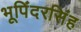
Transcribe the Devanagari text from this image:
भूपिंदरसिंह